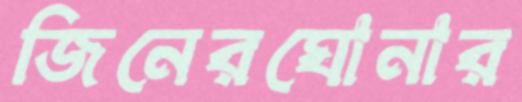
জিনেরঘোনার